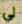
لي